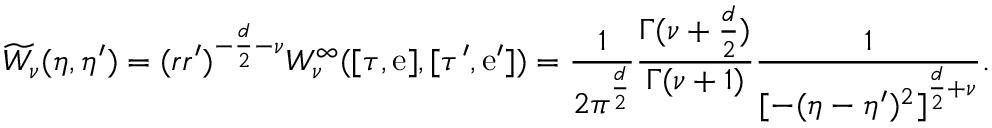
\widetilde { W } _ { \nu } ( \eta , \eta ^ { \prime } ) = ( r r ^ { \prime } ) ^ { - \frac { d } { 2 } - \nu } { W } _ { \nu } ^ { \infty } ( [ \tau , \mathrm { e } ] , [ \tau ^ { \prime } , \mathrm { e } ^ { \prime } ] ) = \frac { 1 } { 2 \pi ^ { \frac { d } { 2 } } } \frac { \Gamma ( \nu + \frac { d } 2 ) } { \Gamma ( \nu + 1 ) } \frac { 1 } { { [ - ( \eta - \eta ^ { \prime } ) ^ { 2 } ] } ^ { \frac { d } { 2 } + \nu } } .